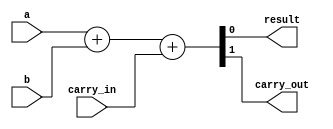
module adder1(
    input wire a, b,
    input wire carry_in,
    output wire result,
    output wire carry_out
);

assign {carry_out, result} = {1'b0, a} + {1'b0, b} + {1'b0, carry_in};

endmodule